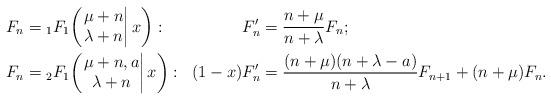
LaTeX: \begin{align*}F_n&={}_{1}F_{1}\!\left(\left.\begin{matrix}\mu+n\\\lambda+n\end{matrix}\right|x\right):&F_n'&=\frac{n+\mu}{n+\lambda}F_n;\\F_n&={}_{2}F_{1}\!\left(\left.\begin{matrix}\mu+n,a\\\lambda+n\end{matrix}\right|x\right):&(1-x)F_n'&=\frac{(n+\mu)(n+\lambda-a)}{n+\lambda}F_{n+1}+(n+\mu)F_n.\end{align*}